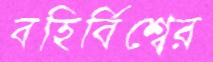
বহির্বিশ্বের